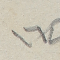
١٦٥